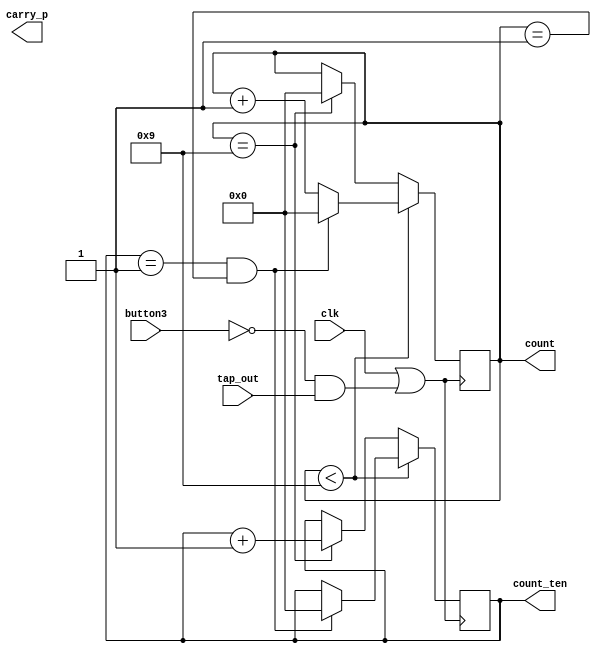
module mod_12_re_counter(clk, count_ten, count, carry_p, button3,tap_out);
    output reg [3:0] count;
	 output reg [3:0] count_ten;
	 output reg carry_p;
	 
	 input clk, button3;
	 input [1:0] tap_out;
	 wire clk_button;
	 assign clk_button = (clk || (!button3 && tap_out));

	
	 
	 always@(posedge clk_button)
	 begin

		 if(count <9)
			begin
				count <= count +1;
				if(count_ten == 1&& count ==1)
					begin
						count <= 0;
						count_ten <=0;
					end
				
			end
		 else if(count == 9)
			begin
				count <=0;
				count_ten <= count_ten +1;
			end
		 end
	   
	 
endmodule